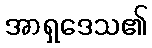
အာရှဒေသ၏